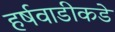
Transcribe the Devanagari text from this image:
हर्षवाडीकडे